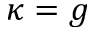
\kappa = g